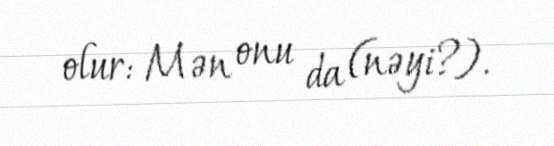
olur: Mən onu da (nəyi?).